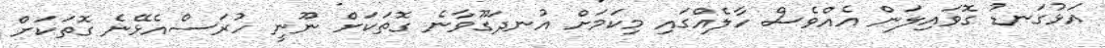
އަޅުގަނޑު ގޮވައިލަން އެއްވެސް ހާލެއްގައި މިކަމަށް އުނދަގޫވާނެ ގޮތަކަށް ނޫނީ ހުރަސްއެޅޭނެ ގޮތަކަށް